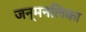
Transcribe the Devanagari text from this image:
जन्मनलिका